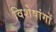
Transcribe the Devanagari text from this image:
विशेषांगों